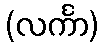
(လင်္ကာ)